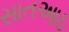
સાતઆઠ